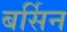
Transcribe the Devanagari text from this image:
बर्सिन